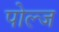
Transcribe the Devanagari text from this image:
पोल्ज